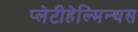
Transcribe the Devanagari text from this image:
प्लेटीहेल्मिन्थस